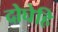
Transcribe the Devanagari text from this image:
दोघेहि